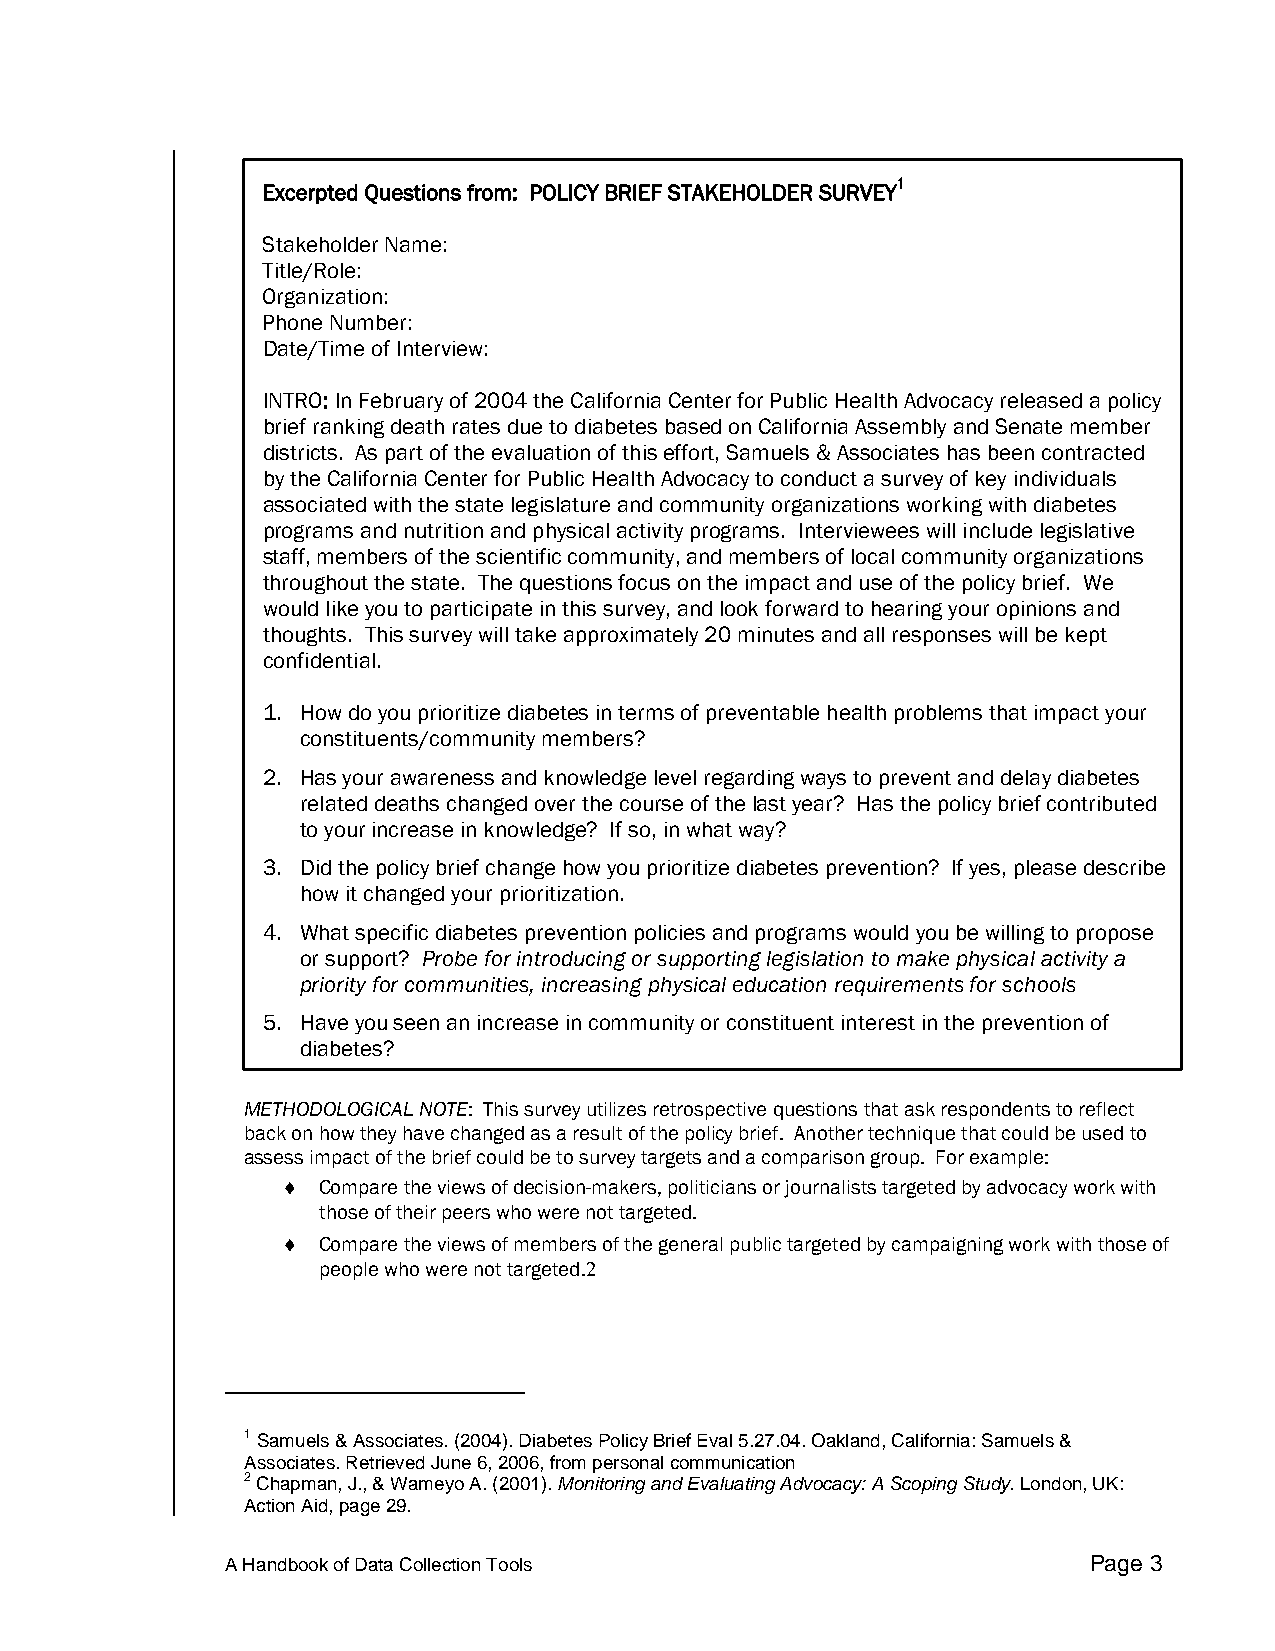
1
 Excerpted Questions from: POLICY BRIEF STAKEHOLDER SURVEY
 Stakeholder Name:
 Title/Role:
 Organization:
 Phone Number:
 Date/Time of Interview:
 INTRO: In February of 2004 the California Center for Public Health Advocacy released a policy
 brief ranking death rates due to diabetes based on California Assembly and Senate member
 districts. As part of the evaluation of this effort, Samuels & Associates has been contracted
 by the California Center for Public Health Advocacy to conduct a survey of key individuals
 associated with the state legislature and community organizations working with diabetes
 programs and nutrition and physical activity programs. Interviewees will include legislative
 staff, members of the scientific community, and members of local community organizations
 throughout the state. The questions focus on the impact and use of the policy brief. We
 would like you to participate in this survey, and look forward to hearing your opinions and
 thoughts. This survey will take approximately 20 minutes and all responses will be kept
 confidential.
 1. How do you prioritize diabetes in terms of preventable health problems that impact your
 constituents/community members?
 2. Has your awareness and knowledge level regarding ways to prevent and delay diabetes
 related deaths changed over the course of the last year? Has the policy brief contributed
 to your increase in knowledge? If so, in what way?
 3. Did the policy brief change how you prioritize diabetes prevention? If yes, please describe
 how it changed your prioritization.
 4. What specific diabetes prevention policies and programs would you be willing to propose
 or support? Probe for introducing or supporting legislation to make physical activity a
 priority for communities, increasing physical education requirements for schools
 5. Have you seen an increase in community or constituent interest in the prevention of
 diabetes?
 METHODOLOGICAL NOTE: This survey utilizes retrospective questions that ask respondents to reflect
 back on how they have changed as a result of the policy brief. Another technique that could be used to
 assess impact of the brief could be to survey targets and a comparison group. For example:
 ♦ Compare the views of decision-makers, politicians or journalists targeted by advocacy work with
 those of their peers who were not targeted.
 ♦ Compare the views of members of the general public targeted by campaigning work with those of
 people who were not targeted.2
 1 Samuels & Associates. (2004). Diabetes Policy Brief Eval 5.27.04. Oakland, California: Samuels &
 Associates. Retrieved June 6, 2006, from personal communication
 2 Chapman, J., & Wameyo A. (2001). Monitoring and Evaluating Advocacy: A Scoping Study. London, UK:
 Action Aid, page 29.
 A Handbook of Data Collection Tools                      Page 3